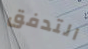
التدفق